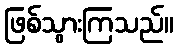
ဖြစ်သွားကြသည်။